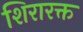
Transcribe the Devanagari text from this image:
शिरारक्त